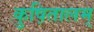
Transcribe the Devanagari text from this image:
कुष़ितालम्